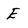
Character: E